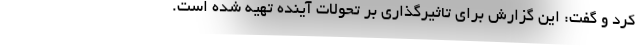
کرد و گفت: این گزارش برای تاثیرگذاری بر تحولات آینده تهیه شده است.